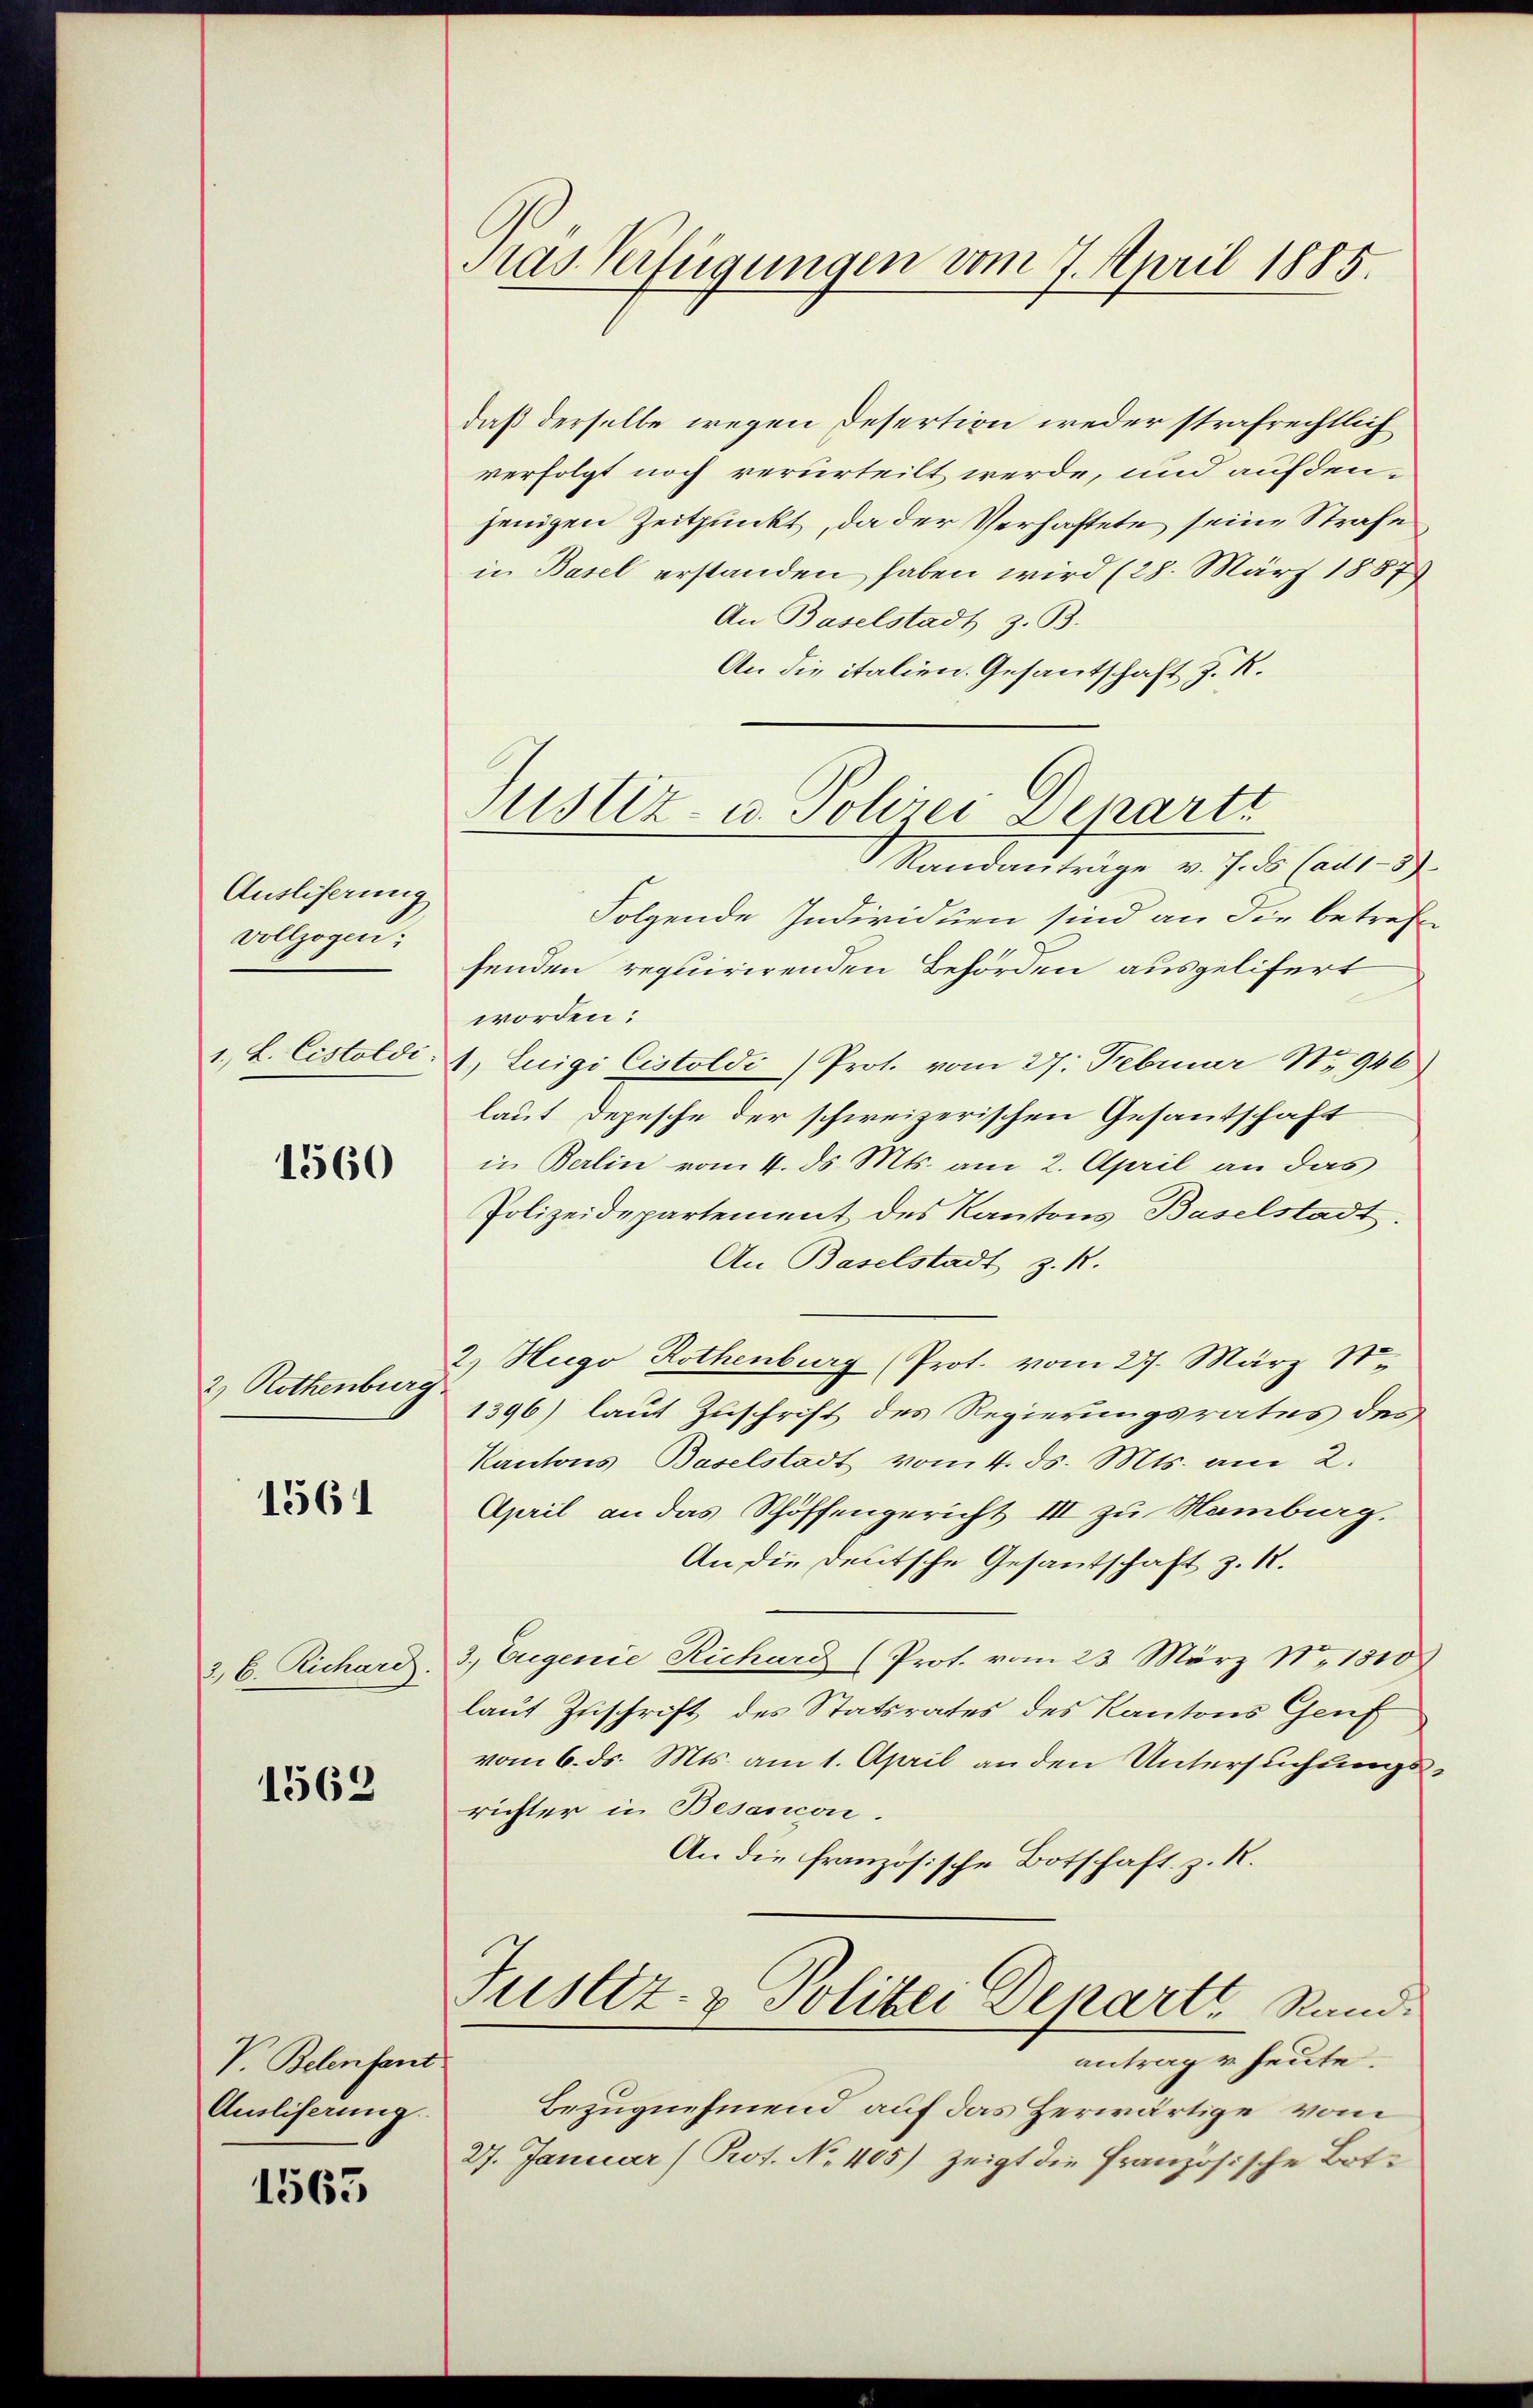
Ausliferung
vollzogen:
1. L. Cistoldi

1560

2) Rothenburg

1561

3, C. Richari.

1562

V. Belenfant
Ausliferung.

1563

Das Verfügungen vom 7. April 1885.

daß derselbe wegen Desertion weder strafrechtlich
verfolgt noch verurteilt werde, und aufdenjenigen Zeitpunkt, da der Verhaftete seine Strafe
in Basel erstanden haben wird (28. März 1857
An Baselstadt z. B.
An die italien. Gesantschaft z. R.
Randanträge v. J. ds Cadt.5)
Folgende Individuen sind an die betreff
senden requirirenden Behörden ausgelifert
worden:
1) Luigi Cistoldi (Prot. vom 27. Februar No. 946
laut Depesche der schweizerischen Gesantschaft
in Berlin vom 4. ds. Mts. am 2. April an das
Polizeidepartement des Kantons Baselstadt.
An Baselstadt z. 1.
2.) Hugo Rothenburg (Prot. vom 27. März 1.
1396) laut Zuschrift des Regierungsrates des
Kantons Baselstadt vom 4. ds. Mts. am 2.
April an das Schöffengericht III zu Hamburg.
An die Deutsche Gesantschaft z. 1.
3., Eugenie Richard (Prot. vom 23 März N. 1510
laut Zuschrift des Statsrates des Kantons Genf
vom 6. ds. Mts. am 1. April an den Untersuchtungsrichter in Besancon.
An die französische Botschaft z. R.
Justiz- & Polizei Departe Rund.
antrag u. heute.
Bezugnehmend auf das Herwärtige vom
27. Januar (Prot. No. 405) zeigt die Französische Bote

ustiz- u. Johrer Denarti